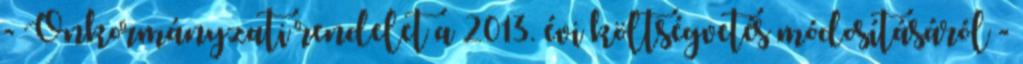
- Önkormányzati rendelet a 2013. évi költségvetés módosításáról -